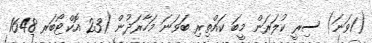
(1ވަނަ) ސިރީ ކުލަރަން މީބަ ކައްތިރި ބަވަނަ މަހާރަދުން (23 އޮކްޓޯބަރ 1648